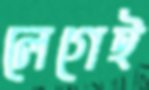
লেগেই